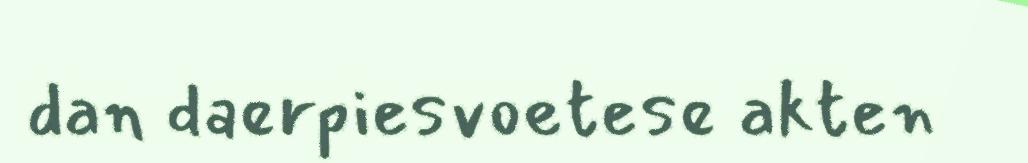
dan daerpiesvoetese akten